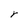
Character: Y